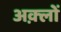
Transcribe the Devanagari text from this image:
अक़्लों